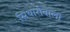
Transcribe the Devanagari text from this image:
सिथारोवाला